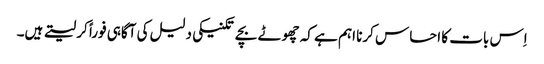
اِس بات کا احساس کرنا اہم ہے کہ چھوٹے بچے تکنیکی دلیل کی آگاہی فوراً کر لیتے ہیں۔